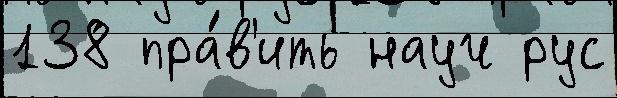
138 пра́в'ить науч рус